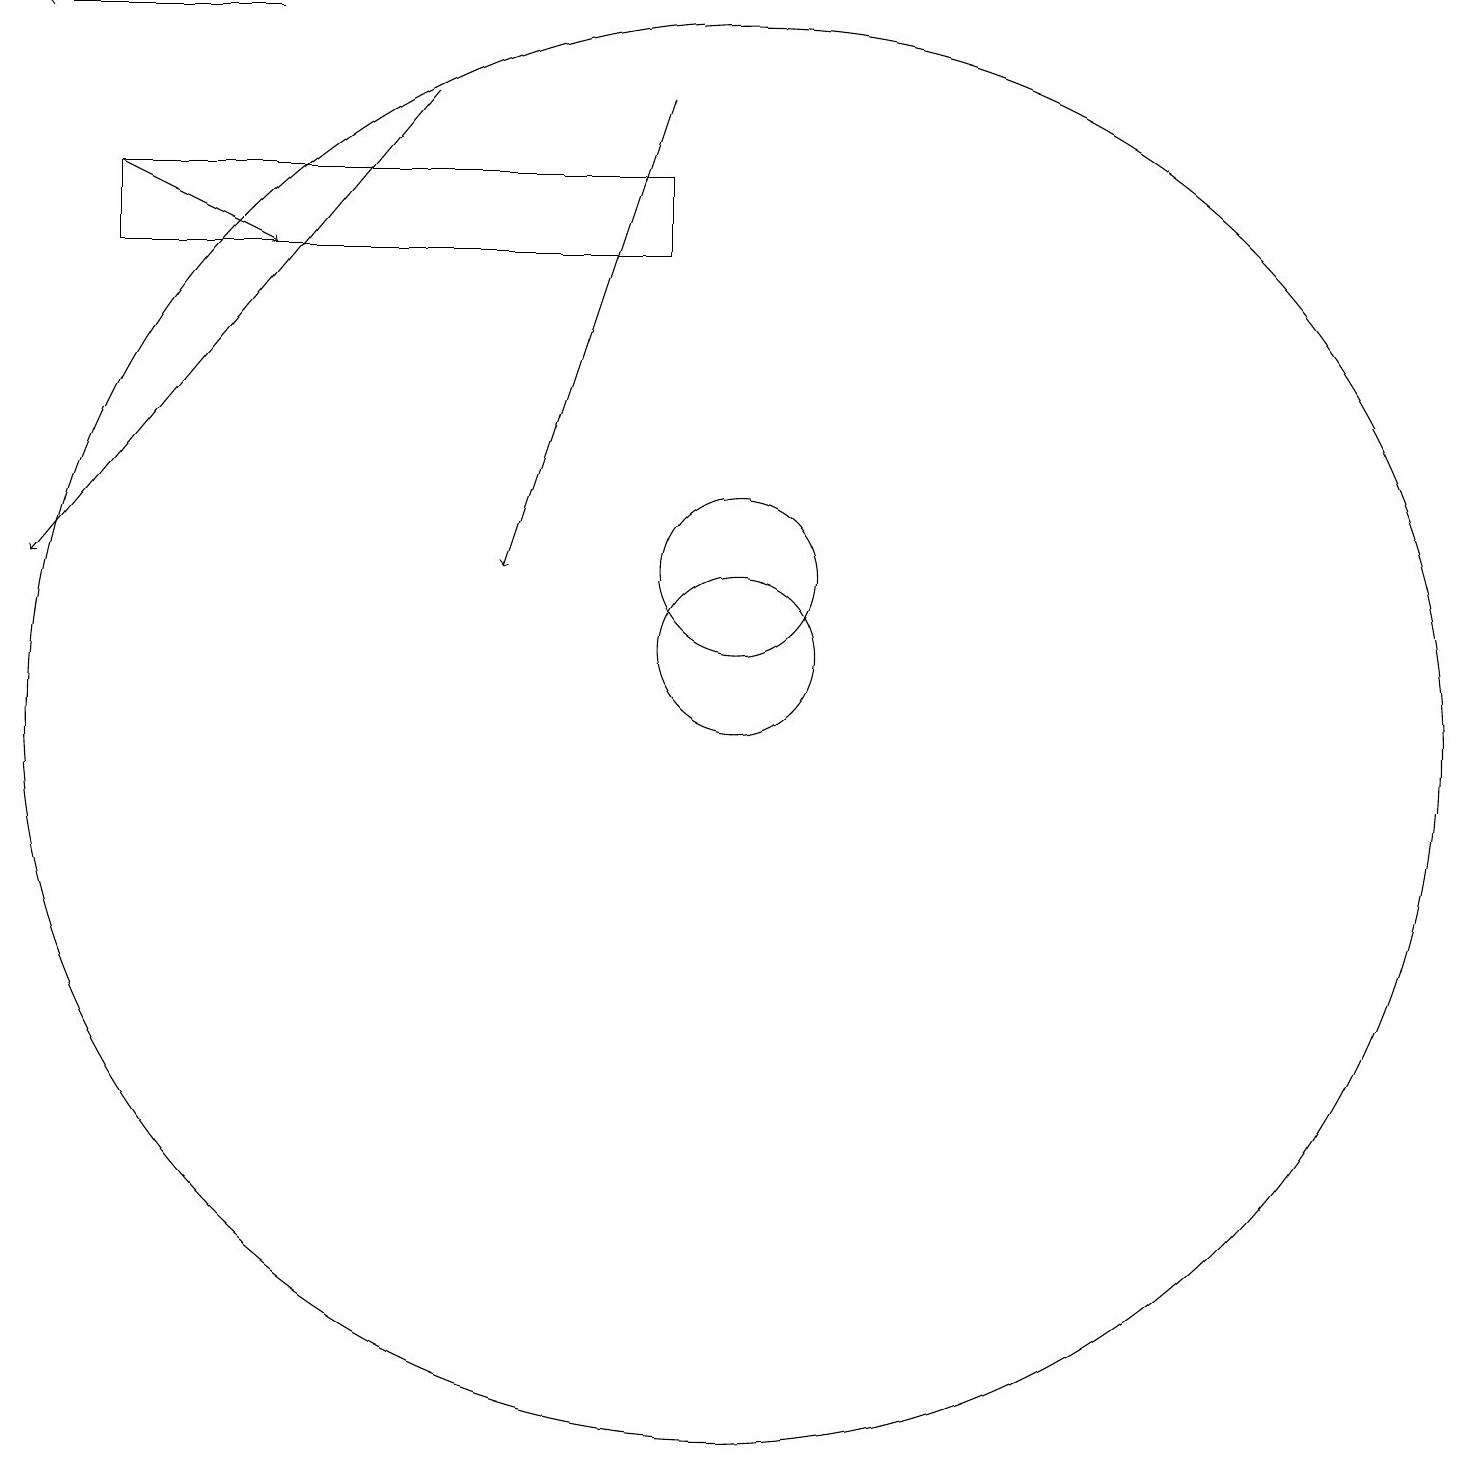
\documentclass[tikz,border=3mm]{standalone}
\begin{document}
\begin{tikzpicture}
\draw[->] (6,18) -- (1,12);
\draw[->] (9,18) -- (7,12);
\draw (10,11) circle (1);
\draw (10,12) circle (1);
\draw (10,10) circle (9);
\draw[->] (4,19) -- (1,19);
\draw (2,17) rectangle (9,16);
\draw[->] (2,17) -- (4,16);
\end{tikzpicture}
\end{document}